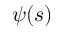
\psi ( s )